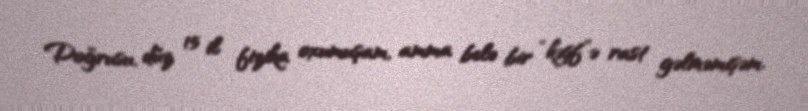
Doğrusu, düz 15 il fizika oxumuşam, amma belə bir “kəşf”ə rast gəlməmişəm.